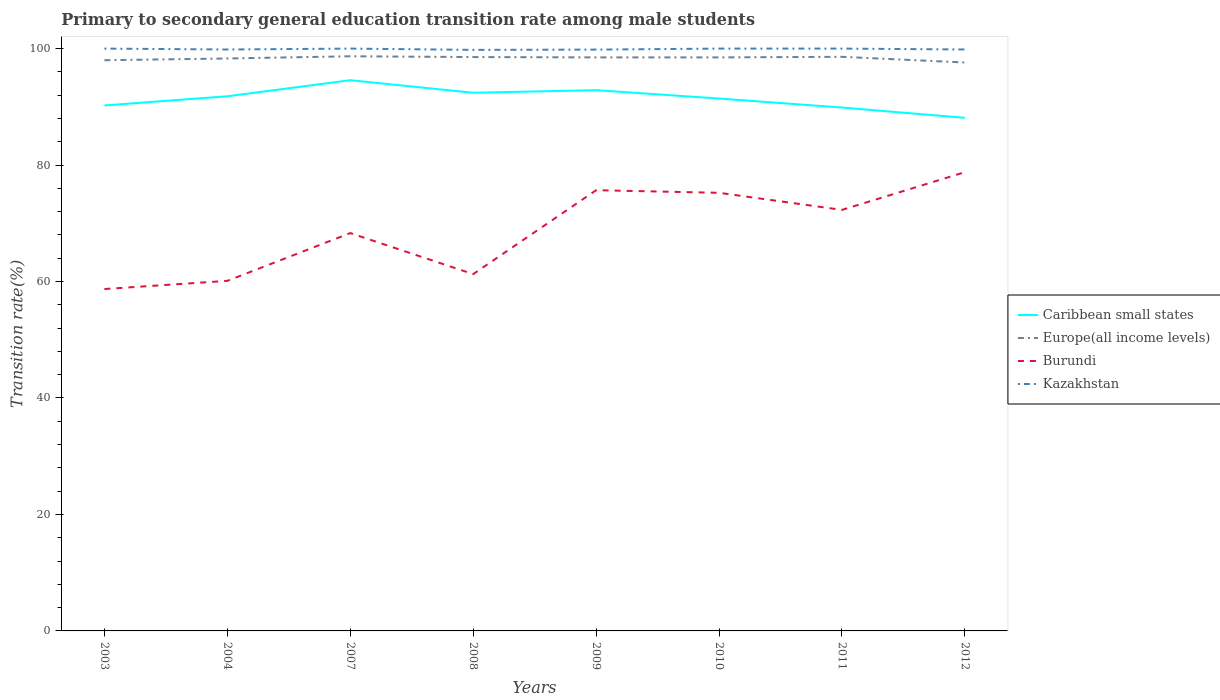
| Years | Caribbean small states | Europe(all income levels) | Burundi | Kazakhstan |
 | --- | --- | --- | --- | --- |
 | 2003 | 90.2 | 98 | 58.7 | 100 |
 | 2004 | 91.8 | 98.3 | 60.1 | 99.8 |
 | 2007 | 94.6 | 98.7 | 68.3 | 100 |
 | 2008 | 92.4 | 98.5 | 61.3 | 99.8 |
 | 2009 | 92.9 | 98.5 | 75.7 | 99.8 |
 | 2010 | 91.4 | 98.5 | 75.2 | 100 |
 | 2011 | 89.9 | 98.6 | 72.3 | 100 |
 | 2012 | 88.1 | 97.6 | 78.8 | 99.8 |